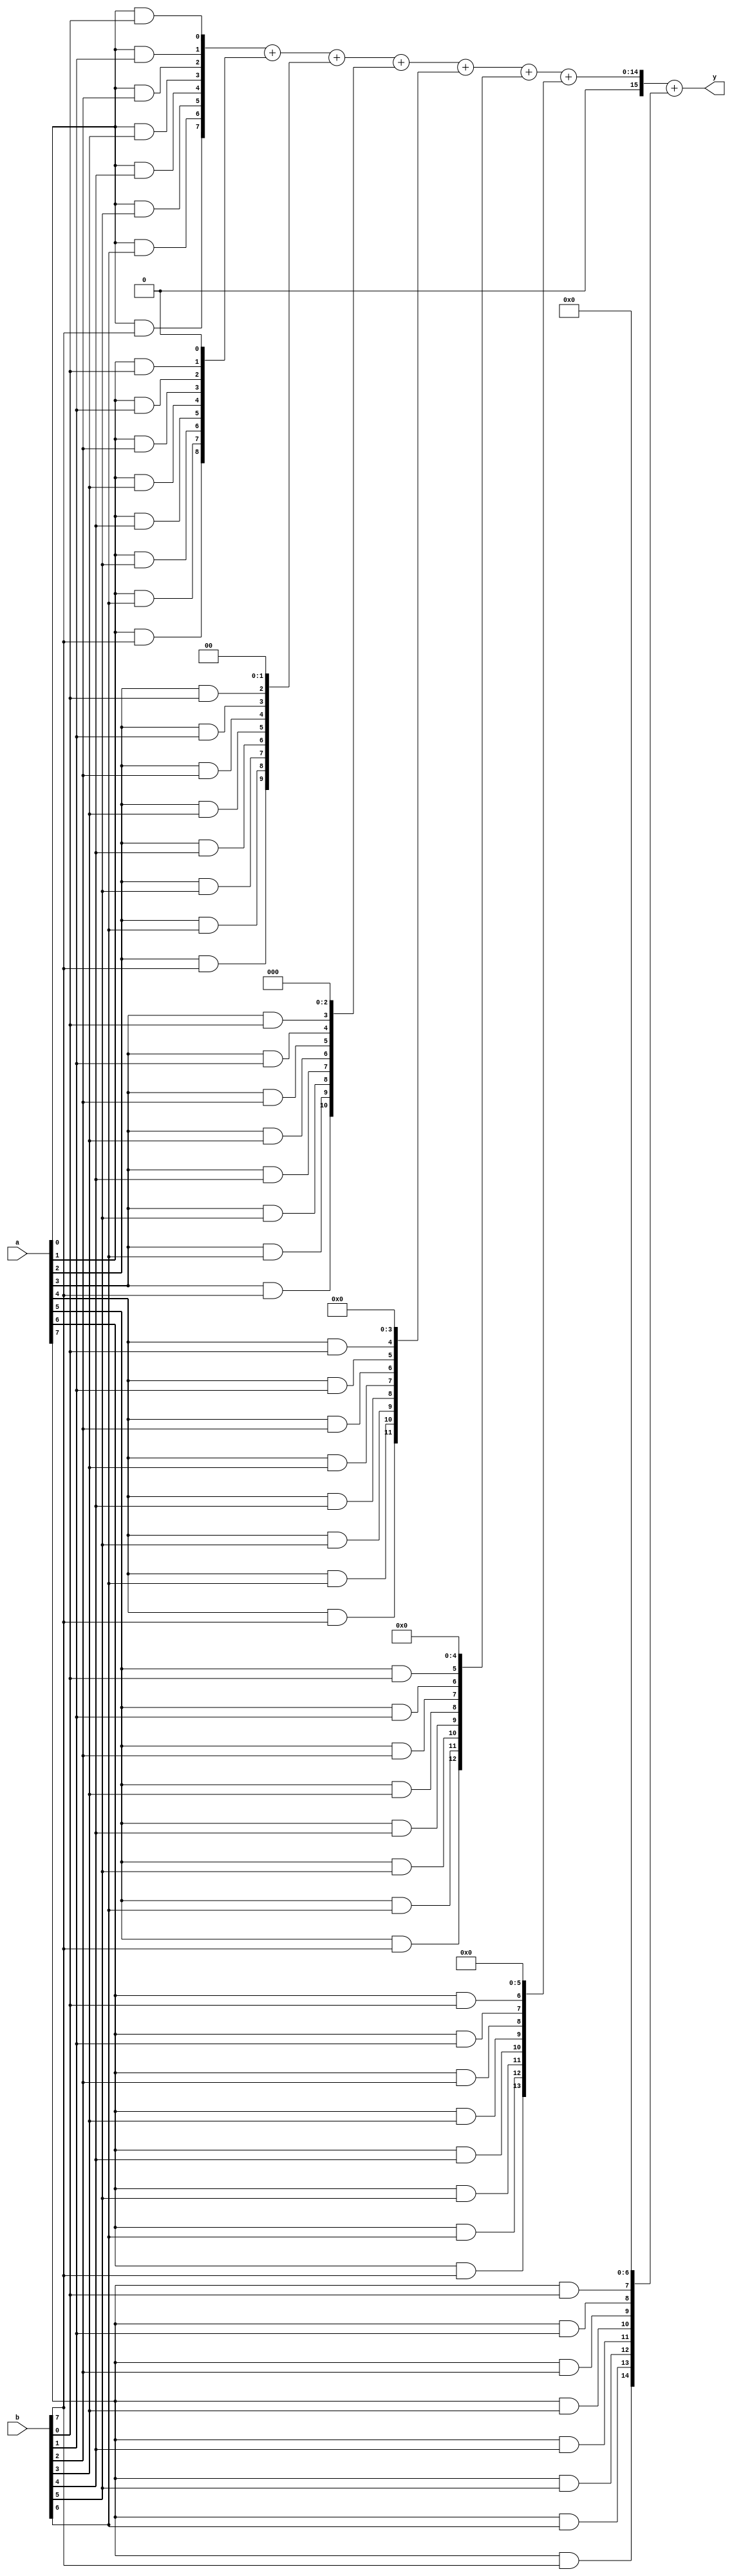
module mul8_v10 (input [7:0] a,b, output [15:0] y);

	genvar i,j;
	wire [7:0]p[0:7];
	//wire [7:0] p[0];
	//wire [7:0] p[1]
	//wire [7:0] p[2]
	//wire [7:0] p[3]
	//wire [7:0] p[4]..
	
	wire [14:0] R[0:7];
	wire [15:0] S[0:7];
	
	//the block outside the always is generator block
	//making a single loop for R,G and S 
	for(i=0;i<8;i=i+1)	begin
		for (j=0;j<8;j=j+1) begin
			and Gij	(p[i][j],a[i],b[j]);
		end
		
		assign R[i]=p[i]<<i;
		
		if(i==0)		assign S[i]=R[i];			//S[0]=R[0];
		else if (i==7)	assign y=S[i-1]+R[i];		//y=S[7]; S[7]=S[6]+R[7];
		else			assign S[i]=S[i-1]+R[i];	//i=1,2,3,...6
											/*
												 S[1]=S[0]+R[1];
												 S[2]=S[1]+R[2];
												 S[3]=S[2]+R[3];
												 S[4]=S[3]+R[4];
												 S[5]=S[4]+R[5];
												 S[6]=S[5]+R[6];
											*/
											
	end
	
	
	
	
		
endmodule